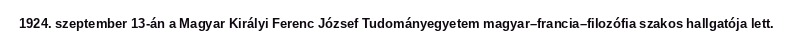
1924. szeptember 13-án a Magyar Királyi Ferenc József Tudományegyetem magyar–francia–filozófia szakos hallgatója lett.